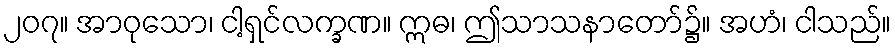
၂၀၇။ အာဝုသော၊ ငါ့ရှင်လက္ခဏ။ ဣဓ၊ ဤသာသနာတော်၌။ အဟံ၊ ငါသည်။